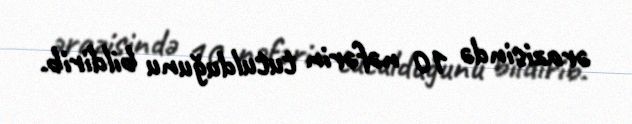
ərazisində 10 nəfərin tutulduğunu bildirib.